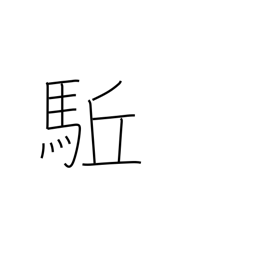
Meaning: advance